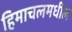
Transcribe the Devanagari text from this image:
हिमाचलमधील